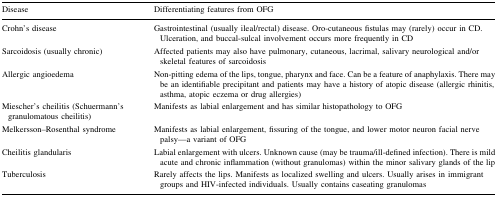
<table><thead><tr><td><b>Disease</b></td><td><b>Differentiating features from OFG</b></td></tr></thead><tbody><tr><td>Crohn’s disease</td><td>Gastrointestinal (usually ileal/rectal) disease. Oro-cutaneous fistulas may (rarely) occur in CD. Ulceration, and buccal-sulcal involvement occurs more frequently in CD</td></tr><tr><td>Sarcoidosis (usually chronic)</td><td>Affected patients may also have pulmonary, cutaneous, lacrimal, salivary neurological and/or skeletal features of sarcoidosis</td></tr><tr><td>Allergic angioedema</td><td>Non-pitting edema of the lips, tongue, pharynx and face. Can be a feature of anaphylaxis. There may be an identifiable precipitant and patients may have a history of atopic disease (allergic rhinitis, asthma, atopic eczema or drug allergies)</td></tr><tr><td>Miescher’s cheilitis (Schuermann’s granulomatous cheilitis)</td><td>Manifests as labial enlargement and has similar histopathology to OFG</td></tr><tr><td>Melkersson–Rosenthal syndrome</td><td>Manifests as labial enlargement, fissuring of the tongue, and lower motor neuron facial nerve palsy—a variant of OFG</td></tr><tr><td>Cheilitis glandularis</td><td>Labial enlargement with ulcers. Unknown cause (may be trauma/ill-defined infection). There is mild acute and chronic inflammation (without granulomas) within the minor salivary glands of the lip</td></tr><tr><td>Tuberculosis</td><td>Rarely affects the lips. Manifests as localized swelling and ulcers. Usually arises in immigrant groups and HIV-infected individuals. Usually contains caseating granulomas</td></tr></tbody></table>